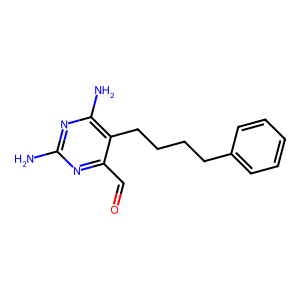
SMILES: Nc1nc(N)c(CCCCc2ccccc2)c(C=O)n1
Inhibits HIV replication: No